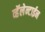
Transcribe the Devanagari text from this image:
व्हॅलेन्टाईन